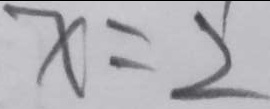
x = 2